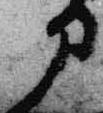
部